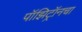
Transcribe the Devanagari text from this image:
पॉझिट्रॉनचा